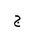
Letter: _gim